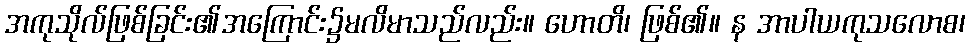
အကုသိုလ်ဖြစ်ခြင်း၏အကြောင်း၌မလိမာသည်လည်း။ ဟောတိ၊ ဖြစ်၏။ န အာပါယကုသလောစ၊